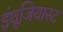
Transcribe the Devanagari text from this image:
इंथूजियास्ट